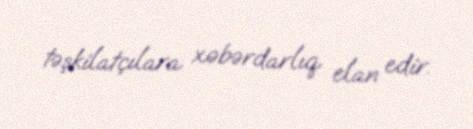
təşkilatçılara xəbərdarlıq elan edir.